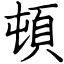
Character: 頓